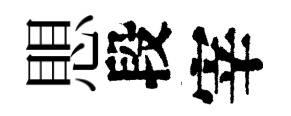
愳段宰